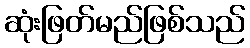
ဆုံးဖြတ်မည်ဖြစ်သည်